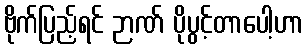
ဗိုက်ပြည့်ရင် ဉာဏ် ပိုပွင့်တာပေါ့ဟာ